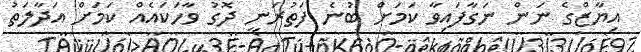
އިޔާޒްގެ ނަން ނަގާފައިވާ ކަމަށް ބުނެ ފަތުރަނީ ދޮގު ވާހަކައެއް ކަމަށް އަދާލަތު